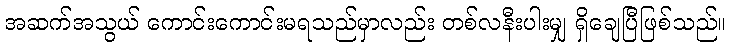
အဆက်အသွယ် ကောင်းကောင်းမရသည်မှာလည်း တစ်လနီးပါးမျှ ရှိချေပြီဖြစ်သည်။